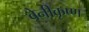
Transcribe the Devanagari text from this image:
बेनीकृष्ण